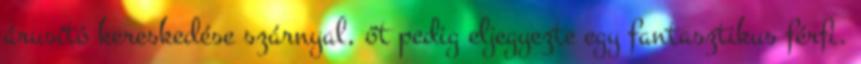
árusító kereskedése szárnyal, őt pedig eljegyezte egy fantasztikus férfi.